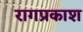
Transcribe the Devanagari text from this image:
रागप्रकाश